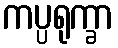
ကပ္ပရုက္ခာ